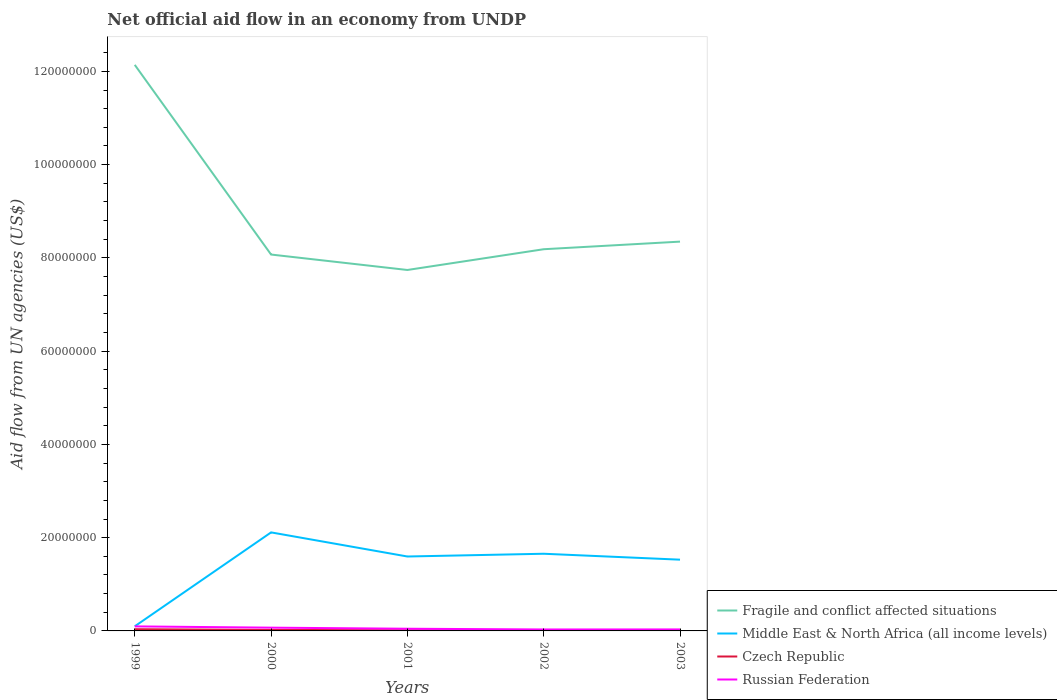
| Years | Fragile and conflict affected situations | Middle East & North Africa (all income levels) | Czech Republic | Russian Federation |
 | --- | --- | --- | --- | --- |
 | 1999 | 1.21e+08 | 9.9e+05 | 3.7e+05 | 9.7e+05 |
 | 2000 | 8.07e+07 | 2.11e+07 | 2.2e+05 | 7e+05 |
 | 2001 | 7.74e+07 | 1.6e+07 | 1.4e+05 | 4.7e+05 |
 | 2002 | 8.19e+07 | 1.66e+07 | 8e+04 | 3.1e+05 |
 | 2003 | 8.35e+07 | 1.53e+07 | 1e+05 | 3.2e+05 |